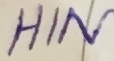
Text: HIN